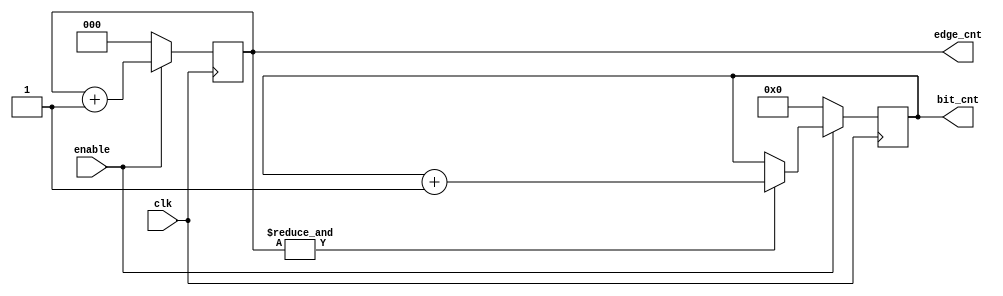
module edge_bit_counter (
input wire               clk    ,
input wire               enable ,
output reg [3:0]         bit_cnt, // to count up to 11 
//output reg              cnt_op_valid , 
output reg  [2:0]          edge_cnt 
);



//RTL
always @(posedge clk ) begin
    if (!enable) begin
        edge_cnt <= 3'b0 ;
    end else begin
        edge_cnt <= edge_cnt + 3'b1 ;
    end
end

always @(posedge clk ) begin
    if (!enable) begin
        bit_cnt <= 4'b0 ;
    end
    else if (& edge_cnt) begin
        bit_cnt <=  bit_cnt + 4'b1 ;
    end else  begin
         bit_cnt <=  bit_cnt ;
    end
end

/*always @(*) begin
    if (enable && ~|edge_cnt) begin
        cnt_op_valid = 1'b1 ;
    end else begin
        cnt_op_valid = 1'b0 ;
    end
end
*/


endmodule
//if edge_cnt[0] and edge_cnt [1] 
//we can save cnt3,4,5 in same flop and update it
//cnt rst ?!